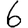
Digit: 6